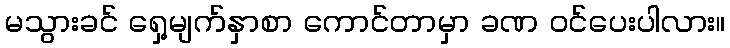
မသွားခင် ရှေ့မျက်နှာစာ ကောင်တာမှာ ခဏ ဝင်ပေးပါလား။